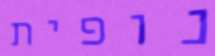
נופית